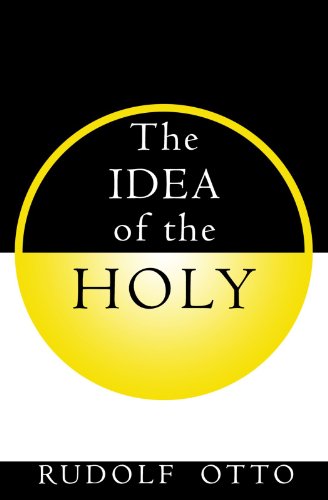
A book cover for The Idea of the Holy; R. Otto; Politics & Social Sciences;